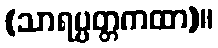
(သာရပ္ပတ္တကထာ)။